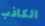
الكاذب